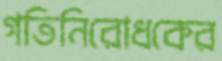
গতিনিরোধকের